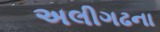
અલીગઢના